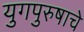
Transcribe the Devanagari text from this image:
युगपुरुषाचे